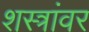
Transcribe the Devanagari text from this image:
शस्त्रांवर